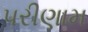
પરીણામ